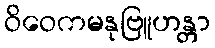
ဝိဝေကမနုဗြူဟန္တာ